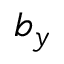
b _ { y }